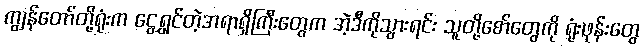
ကျွန်တော်တို့ရုံးက ငွေရွှင်တဲ့အရာရှိကြီးတွေက အဲ့ဒီကိုသွားရင်း သူတို့စော်တွေကို ရုံးဖုန်းတွေ